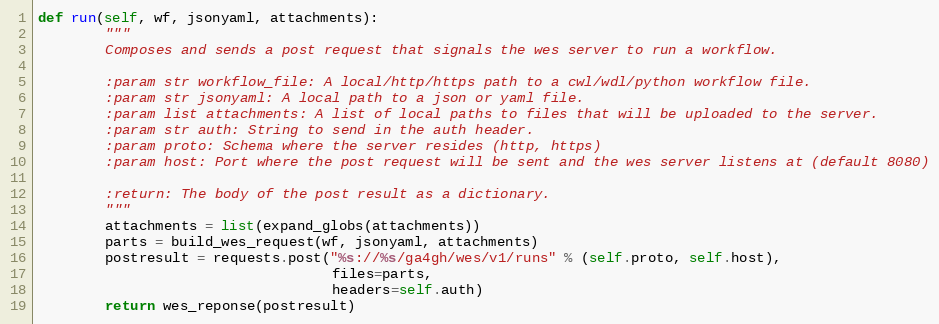
Language: Python
def run(self, wf, jsonyaml, attachments):
        """
        Composes and sends a post request that signals the wes server to run a workflow.

        :param str workflow_file: A local/http/https path to a cwl/wdl/python workflow file.
        :param str jsonyaml: A local path to a json or yaml file.
        :param list attachments: A list of local paths to files that will be uploaded to the server.
        :param str auth: String to send in the auth header.
        :param proto: Schema where the server resides (http, https)
        :param host: Port where the post request will be sent and the wes server listens at (default 8080)

        :return: The body of the post result as a dictionary.
        """
        attachments = list(expand_globs(attachments))
        parts = build_wes_request(wf, jsonyaml, attachments)
        postresult = requests.post("%s://%s/ga4gh/wes/v1/runs" % (self.proto, self.host),
                                   files=parts,
                                   headers=self.auth)
        return wes_reponse(postresult)